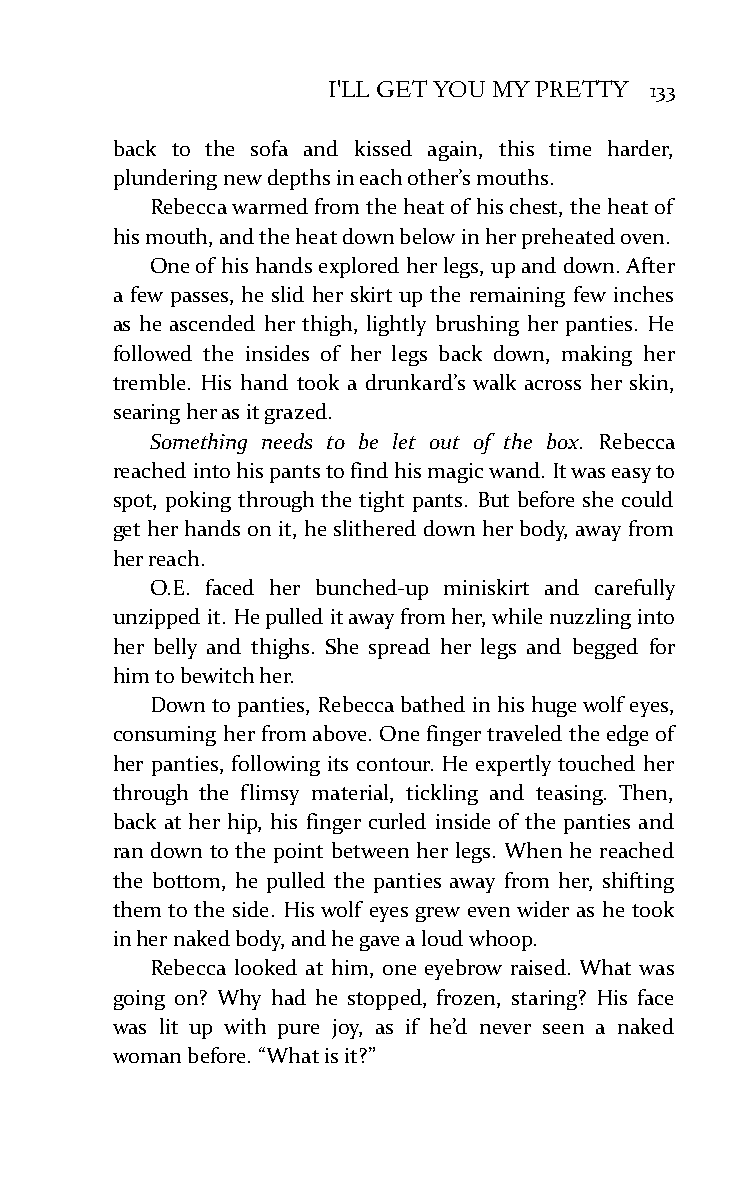
I'LL GET YOU MY PRETTY 133
 back to the sofa and kissed again, this time harder,
 plundering new depths in each other’s mouths.
 Rebecca warmed from the heat of his chest, the heat of
 his mouth, and the heat down below in her preheated oven.
 One of his hands explored her legs, up and down. After
 a few passes, he slid her skirt up the remaining few inches
 as he ascended her thigh, lightly brushing her panties. He
 followed the insides of her legs back down, making her
 tremble. His hand took a drunkard’s walk across her skin,
 searing her as it grazed.
 Something needs to be let out of the box. Rebecca
 reached into his pants to find his magic wand. It was easy to
 spot, poking through the tight pants. But before she could
 get her hands on it, he slithered down her body, away from
 her reach.
 O.E. faced her bunched-up miniskirt and carefully
 unzipped it. He pulled it away from her, while nuzzling into
 her belly and thighs. She spread her legs and begged for
 him to bewitch her.
 Down to panties, Rebecca bathed in his huge wolf eyes,
 consuming her from above. One finger traveled the edge of
 her panties, following its contour. He expertly touched her
 through the flimsy material, tickling and teasing. Then,
 back at her hip, his finger curled inside of the panties and
 ran down to the point between her legs. When he reached
 the bottom, he pulled the panties away from her, shifting
 them to the side. His wolf eyes grew even wider as he took
 in her naked body, and he gave a loud whoop.
 Rebecca looked at him, one eyebrow raised. What was
 going on? Why had he stopped, frozen, staring? His face
 was lit up with pure joy, as if he’d never seen a naked
 woman before. “What is it?”